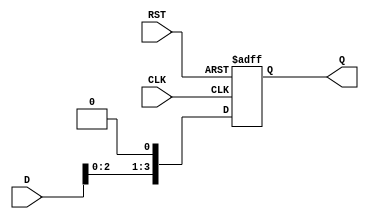
module ShiftRegister #(parameter N = 4) (
    input wire [N-1:0] D,      // Data input
    input wire CLK,            // Clock signal
    input wire RST,            // Asynchronous reset
    output reg [N-1:0] Q       // Data output
);

// Shift Register process
always @(posedge CLK or posedge RST) begin
    if (RST) begin
        Q <= 0;                // Clear the register on reset
    end else begin
        Q <= {D[N-2:0], 1'b0}; // Shift right; the leftmost bit can be loaded by D
    end
end

endmodule